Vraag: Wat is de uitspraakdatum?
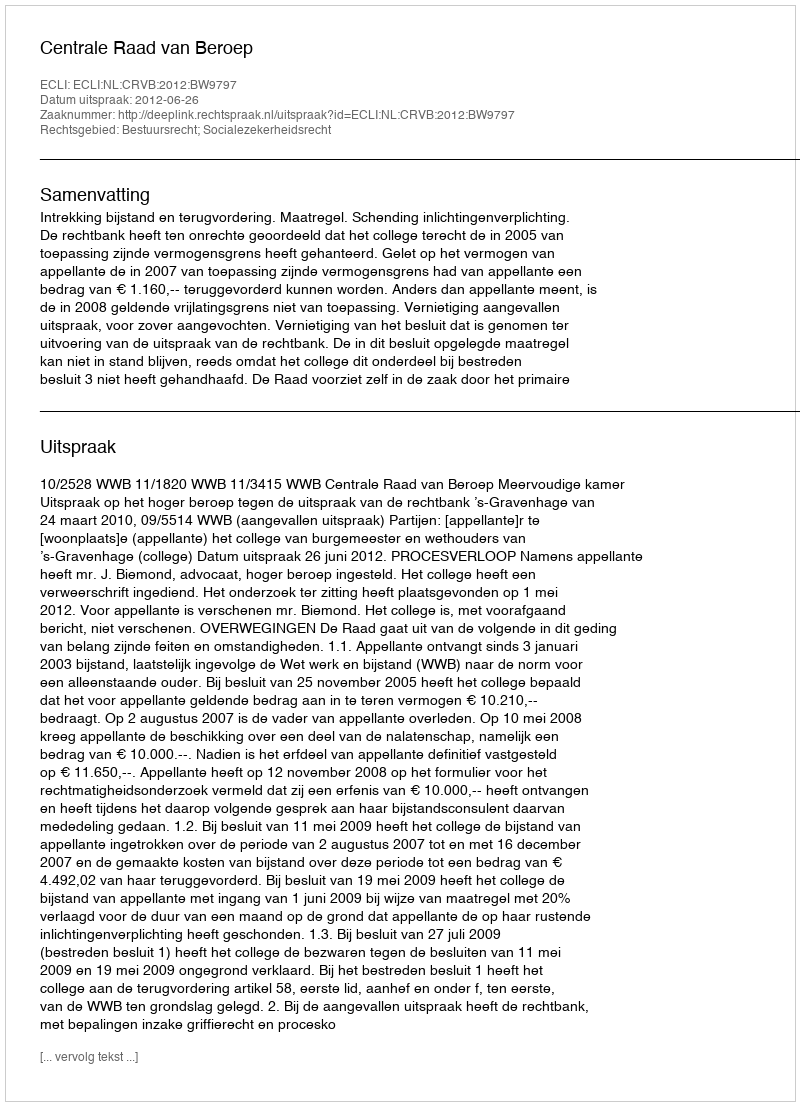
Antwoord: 2012-06-26